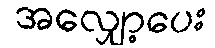
အလျှော့ပေး